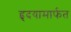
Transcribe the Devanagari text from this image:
हृदयामार्फत